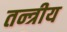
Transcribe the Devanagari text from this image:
तन्त्रीय